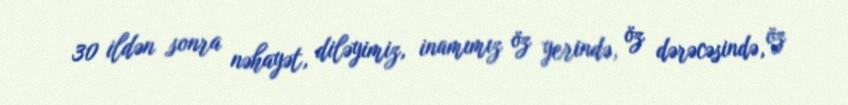
30 ildən sonra nəhayət, diləyimiz, inamımız öz yerində, öz dərəcəsində, öz